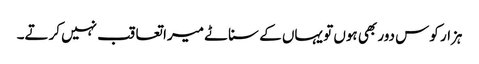
ہزار کوس دور بھی ہوں تو یہاں کے سناٹے میرا تعاقب نہیں کرتے۔